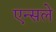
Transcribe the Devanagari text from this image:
एन्सले